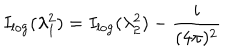
I _ { \log } ( \lambda _ { 1 } ^ { 2 } ) = I _ { \log } ( \lambda _ { 2 } ^ { 2 } ) - \frac { i } { ( 4 \pi ) ^ { 2 } }